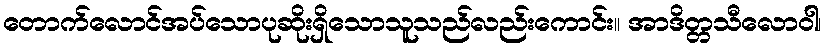
တောက်လောင်အပ်သောပုဆိုးရှိသောသူသည်လည်းကောင်း။ အာဒိတ္တသီလောဝါ၊